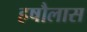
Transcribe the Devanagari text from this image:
हषौलास